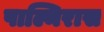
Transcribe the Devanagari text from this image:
पाल्मिरास